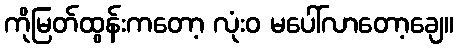
ကိုမြတ်ထွန်းကတော့ လုံးဝ မပေါ်လာတော့ချေ။